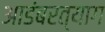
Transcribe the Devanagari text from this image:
आडंबरत्याग